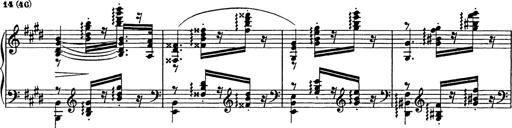
Title: Consolations
Composer: Franz Liszt